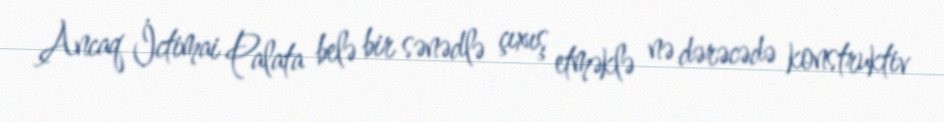
Ancaq İctimai Palata belə bir sənədlə çıxış etməklə nə dərəcədə konstruktiv